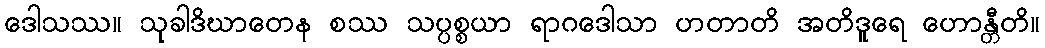
ဒေါသဿ။ သုခါဒိဃာတေန စဿ သပ္ပစ္စယာ ရာဂဒေါသာ ဟတာတိ အတိဒူရေ ဟောန္တီတိ။